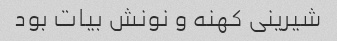
شیرینی کهنه و نونش بیات بود